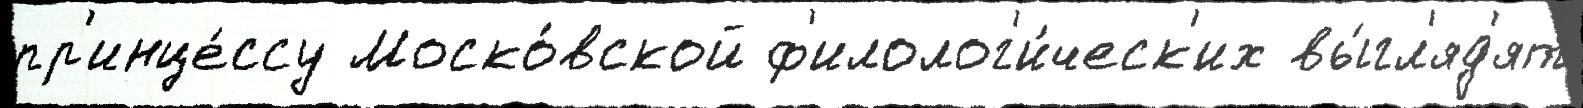
пр'инце́ссу Моско́вской ф'илолог'и́ческ'их вы́гл'яд'ят